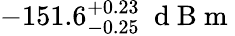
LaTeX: -151.6_{-0.25}^{+0.23}\ \mathrm{~d~B~m~}